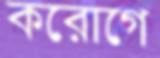
করোগে